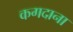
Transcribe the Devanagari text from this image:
कगदाना